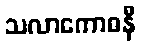
သလာကောဓနီ